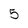
Character: 5